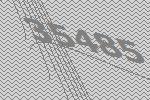
35485